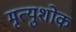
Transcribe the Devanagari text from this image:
मृत्युशोक